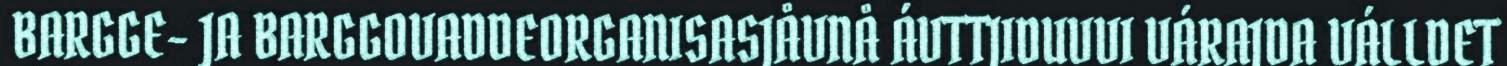
BARGGE- JA BARGGOVADDEORGANISASJÅVNÅ ÁVTTJIDUVVI VÁRAJDA VÁLLDET